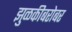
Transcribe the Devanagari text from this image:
झुळकीबरोबर